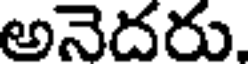
అనెదరు.